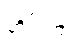
တို့ကြား